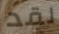
لقد